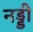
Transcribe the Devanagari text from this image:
नड्डी